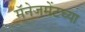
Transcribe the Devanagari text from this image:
मॅनेजमेंटच्या